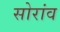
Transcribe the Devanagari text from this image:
सोरांव